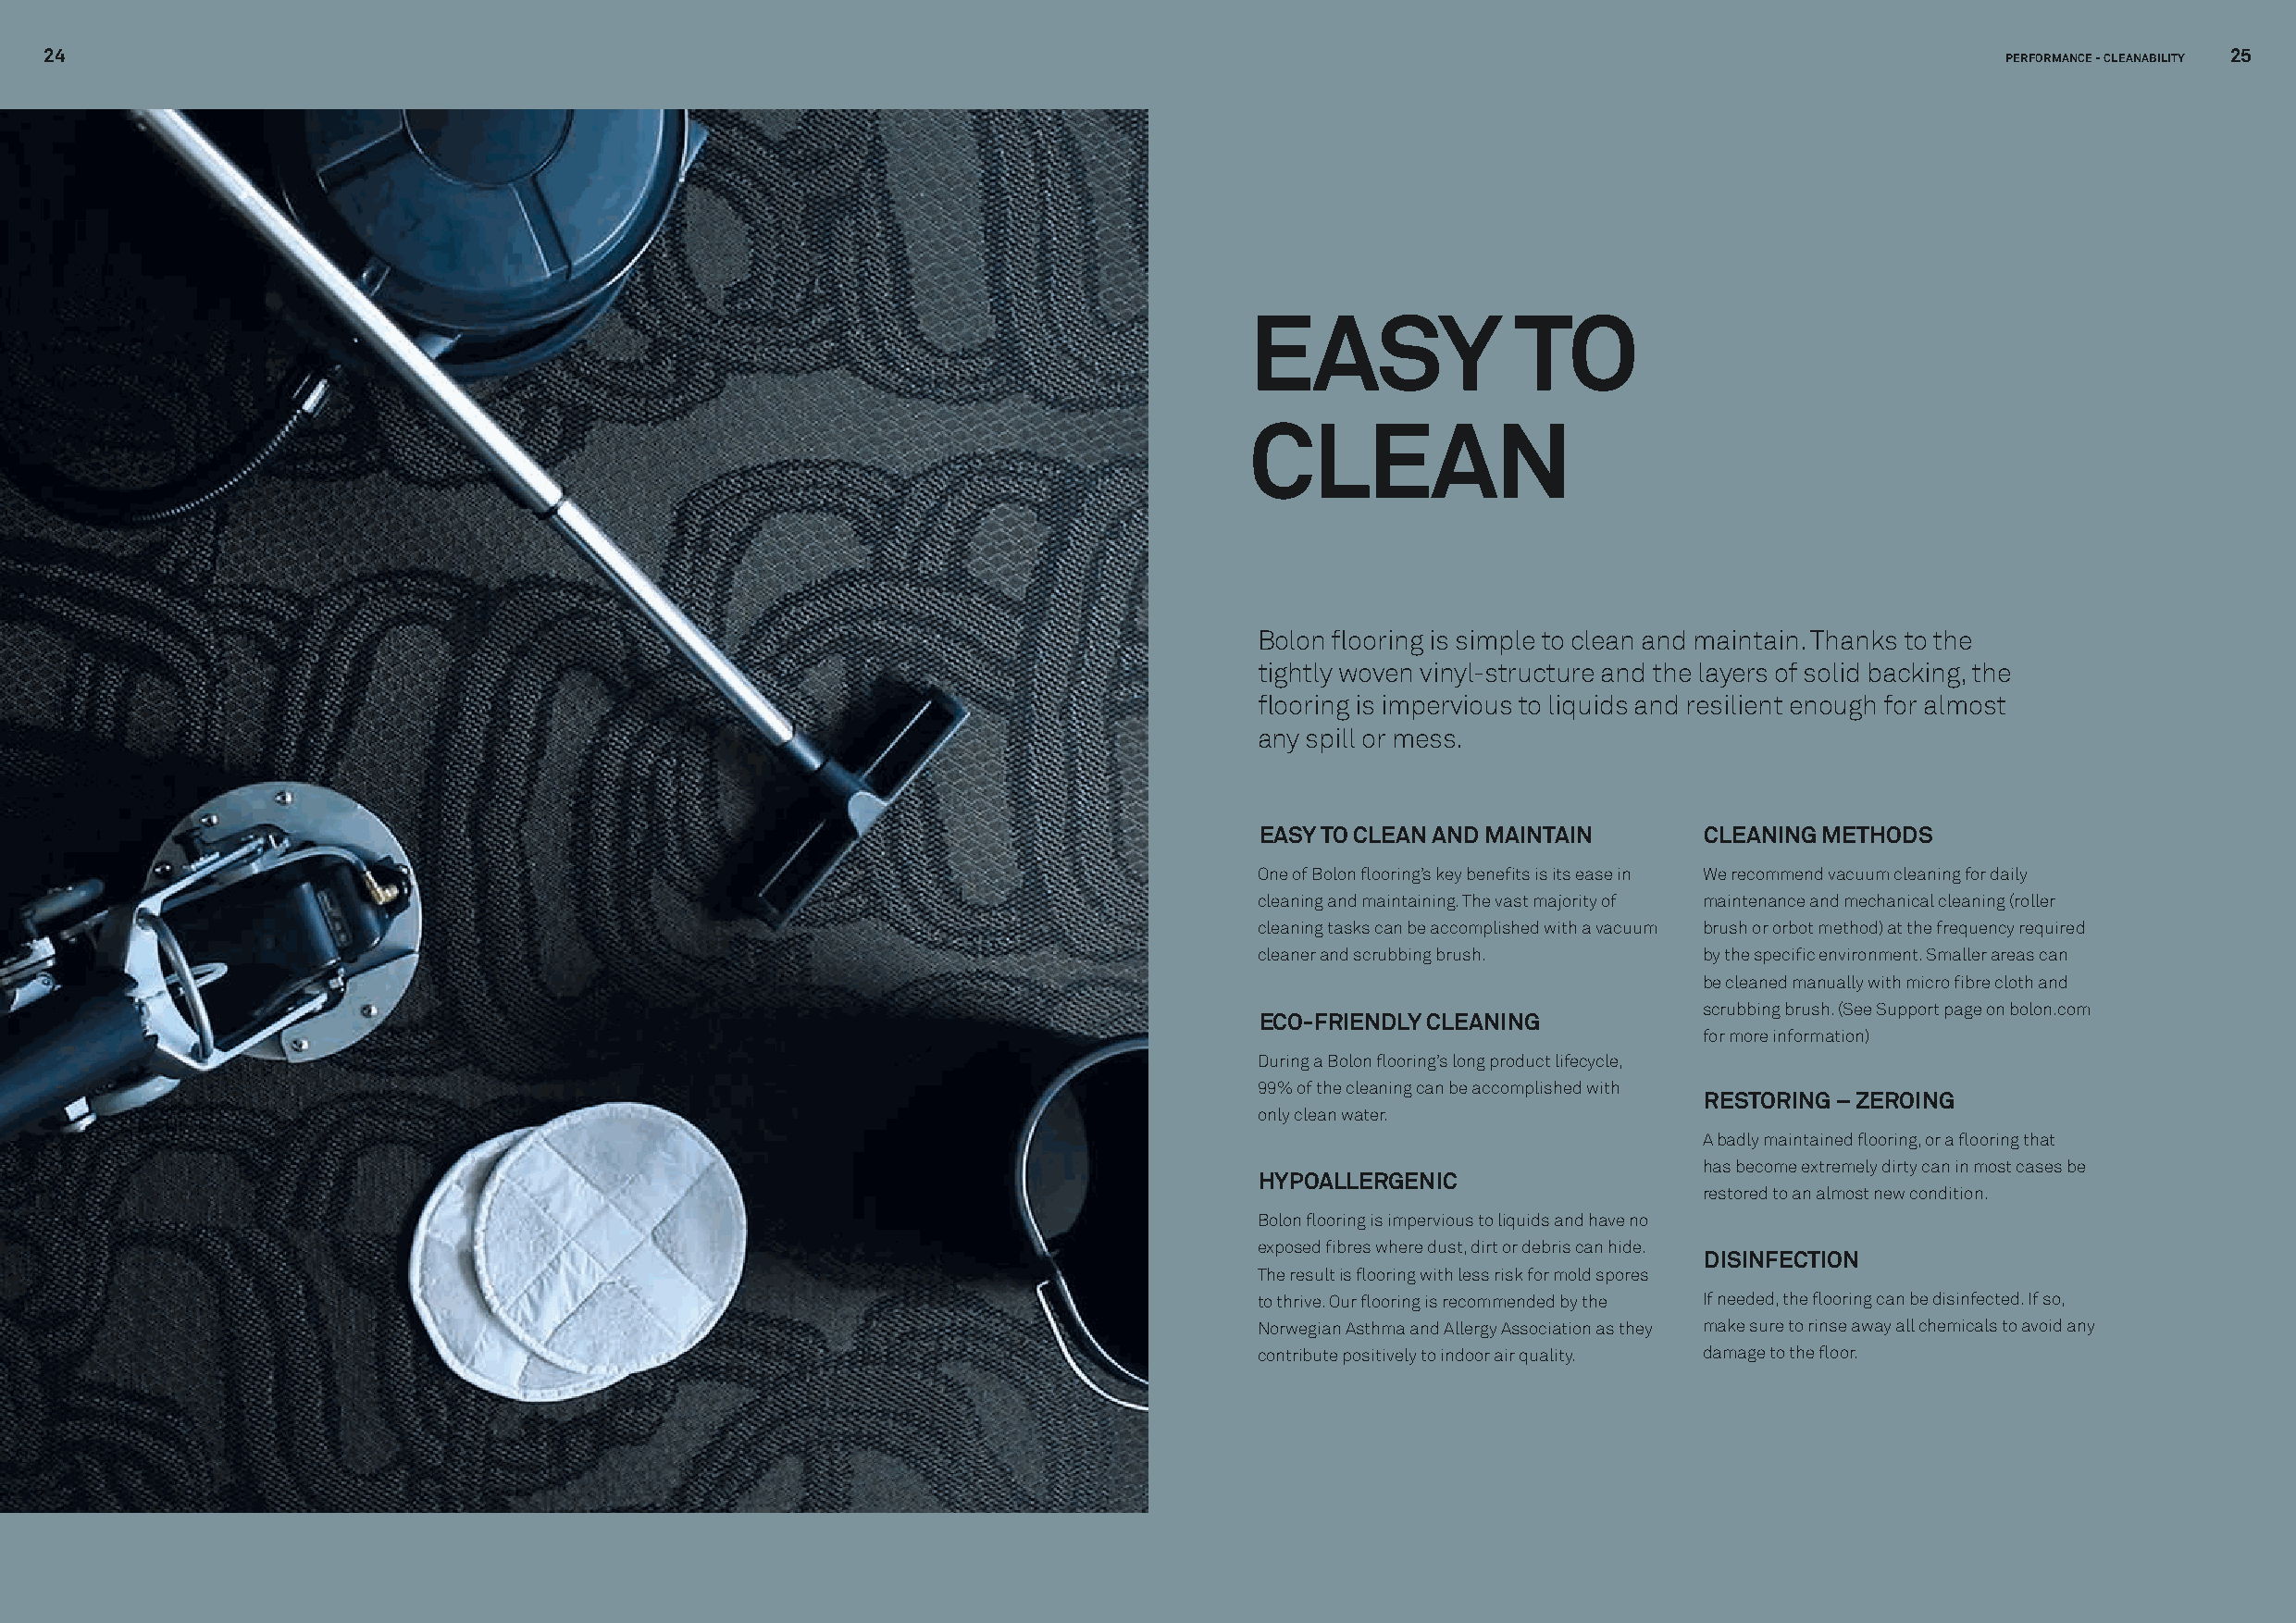
24                                                                                                                                                          25
 PERFORMANCE - CLEANABILITY
 EASY               TO
 CLEAN
 Bolon flooring is simple to clean and maintain. Thanks to the
 tightly woven vinyl-structure and the layers of solid backing, the
 flooring is impervious to liquids and resilient enough for almost
 any spill or mess.
 EASY TO CLEAN AND MAINTAIN      CLEANING METHODS
 One of Bolon flooring’s key benefits is its ease in We recommend vacuum cleaning for daily
 cleaning and maintaining. The vast majority of maintenance and mechanical cleaning (roller
 cleaning tasks can be accomplished with a vacuum brush or orbot method) at the frequency required
 cleaner and scrubbing brush.    by the specific environment. Smaller areas can
 be cleaned manually with micro fibre cloth and
 scrubbing brush. (See Support page on bolon.com
 ECO-FRIENDLY CLEANING
 for more information)
 During a Bolon flooring’s long product lifecycle,
 99% of the cleaning can be accomplished with
 RESTORING – ZEROING
 only clean water.
 A badly maintained flooring, or a flooring that
 has become extremely dirty can in most cases be
 HYPOALLERGENIC
 restored to an almost new condition.
 Bolon flooring is impervious to liquids and have no
 exposed fibres where dust, dirt or debris can hide.
 DISINFECTION
 The result is flooring with less risk for mold spores
 to thrive. Our flooring is recommended by the If needed, the flooring can be disinfected. If so,
 Norwegian Asthma and Allergy Association as they make sure to rinse away all chemicals to avoid any
 contribute positively to indoor air quality. damage to the floor.